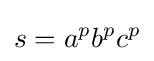
s=a^{p}b^{p}c^{p}